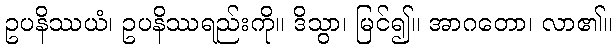
ဥပနိဿယံ၊ ဥပနိဿရည်းကို။ ဒိသွာ၊ မြင်၍။ အာဂတော၊ လာ၏။